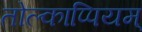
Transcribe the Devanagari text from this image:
तोल्काप्पियम्